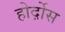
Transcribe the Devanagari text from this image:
होर्द़ोस